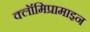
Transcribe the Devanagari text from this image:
क्लॉमिप्रामाइन